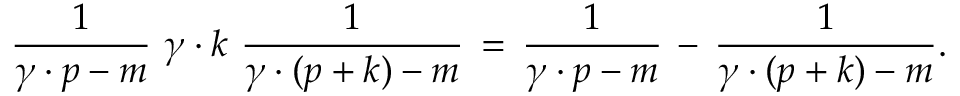
\frac { 1 } { \gamma \cdot p - m } \, \, \gamma \cdot k \, \, \frac { 1 } { \gamma \cdot ( p + k ) - m } \, = \, \frac { 1 } { \gamma \cdot p - m } \, - \, \frac { 1 } { \gamma \cdot ( p + k ) - m } .